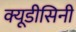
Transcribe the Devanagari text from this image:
क्यूडीसिनी